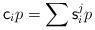
LaTeX: \begin{align*}{\sf c}_{i}p=\sum {\sf s}_i^jp \end{align*}